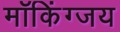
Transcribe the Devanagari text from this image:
मॉकिंग्जय